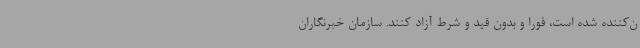
ن‌کننده شده است، فوراً و بدون قید و شرط آزاد کنند. سازمان خبرنگاران